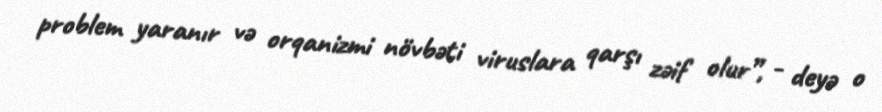
problem yaranır və orqanizmi növbəti viruslara qarşı zəif olur”, - deyə o